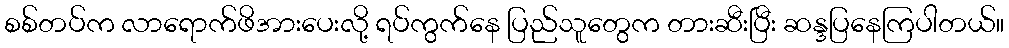
စစ်တပ်က လာရောက်ဖိအားပေးလို့ ရပ်ကွက်နေ ပြည်သူတွေက တားဆီးပြီး ဆန္ဒပြနေကြပါတယ်။